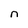
Character: n